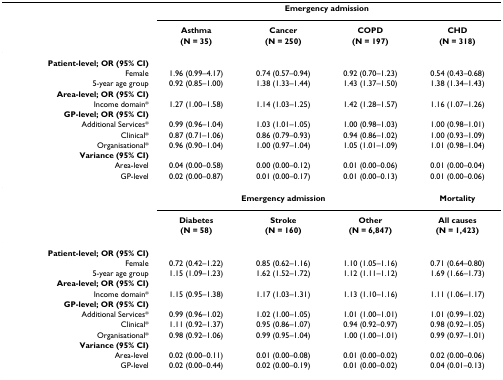
<table><thead><tr><td>[EMPTY_CELL]</td><td colspan="4"><b>Emergency admission</b></td></tr><tr><td>[EMPTY_CELL]</td><td><b>Asthma</b></td><td><b>Cancer</b></td><td><b>COPD</b></td><td><b>CHD</b></td></tr><tr><td>[EMPTY_CELL]</td><td><b>(N = 35)</b></td><td><b>(N = 250)</b></td><td><b>(N = 197)</b></td><td><b>(N = 318)</b></td></tr></thead><tbody><tr><td><b>Patient-level; OR (95% CI)</b></td><td>[EMPTY_CELL]</td><td>[EMPTY_CELL]</td><td>[EMPTY_CELL]</td><td>[EMPTY_CELL]</td></tr><tr><td>Female</td><td>1.96 (0.99–4.17)</td><td>0.74 (0.57–0.94)</td><td>0.92 (0.70–1.23)</td><td>0.54 (0.43–0.68)</td></tr><tr><td>5-year age group</td><td>0.92 (0.85–1.00)</td><td>1.38 (1.33–1.44)</td><td>1.43 (1.37–1.50)</td><td>1.38 (1.34–1.43)</td></tr><tr><td><b>Area-level; OR (95% CI)</b></td><td>[EMPTY_CELL]</td><td>[EMPTY_CELL]</td><td>[EMPTY_CELL]</td><td>[EMPTY_CELL]</td></tr><tr><td>Income domain*</td><td>1.27 (1.00–1.58)</td><td>1.14 (1.03–1.25)</td><td>1.42 (1.28–1.57)</td><td>1.16 (1.07–1.26)</td></tr><tr><td><b>GP-level; OR (95% CI)</b></td><td>[EMPTY_CELL]</td><td>[EMPTY_CELL]</td><td>[EMPTY_CELL]</td><td>[EMPTY_CELL]</td></tr><tr><td>Additional Services*</td><td>0.99 (0.96–1.04)</td><td>1.03 (1.01–1.05)</td><td>1.00 (0.98–1.03)</td><td>1.00 (0.98–1.01)</td></tr><tr><td>Clinical*</td><td>0.87 (0.71–1.06)</td><td>0.86 (0.79–0.93)</td><td>0.94 (0.86–1.02)</td><td>1.00 (0.93–1.09)</td></tr><tr><td>Organisational*</td><td>0.96 (0.90–1.04)</td><td>1.00 (0.97–1.04)</td><td>1.05 (1.01–1.09)</td><td>1.01 (0.98–1.04)</td></tr><tr><td><b>Variance (95% CI)</b></td><td>[EMPTY_CELL]</td><td>[EMPTY_CELL]</td><td>[EMPTY_CELL]</td><td>[EMPTY_CELL]</td></tr><tr><td>Area-level</td><td>0.04 (0.00–0.58)</td><td>0.00 (0.00–0.12)</td><td>0.01 (0.00–0.06)</td><td>0.01 (0.00–0.04)</td></tr><tr><td>GP-level</td><td>0.02 (0.00–0.87)</td><td>0.01 (0.00–0.17)</td><td>0.01 (0.00–0.13)</td><td>0.01 (0.00–0.06)</td></tr><tr><td>[EMPTY_CELL]</td><td colspan="3"><b>Emergency admission</b></td><td><b>Mortality</b></td></tr><tr><td>[EMPTY_CELL]</td><td><b>Diabetes</b></td><td><b>Stroke</b></td><td><b>Other</b></td><td><b>All causes</b></td></tr><tr><td>[EMPTY_CELL]</td><td><b>(N = 58)</b></td><td><b>(N = 160)</b></td><td><b>(N = 6,847)</b></td><td><b>(N = 1,423)</b></td></tr><tr><td><b>Patient-level; OR (95% CI)</b></td><td>[EMPTY_CELL]</td><td>[EMPTY_CELL]</td><td>[EMPTY_CELL]</td><td>[EMPTY_CELL]</td></tr><tr><td>Female</td><td>0.72 (0.42–1.22)</td><td>0.85 (0.62–1.16)</td><td>1.10 (1.05–1.16)</td><td>0.71 (0.64–0.80)</td></tr><tr><td>5-year age group</td><td>1.15 (1.09–1.23)</td><td>1.62 (1.52–1.72)</td><td>1.12 (1.11–1.12)</td><td>1.69 (1.66–1.73)</td></tr><tr><td><b>Area-level; OR (95% CI)</b></td><td>[EMPTY_CELL]</td><td>[EMPTY_CELL]</td><td>[EMPTY_CELL]</td><td>[EMPTY_CELL]</td></tr><tr><td>Income domain*</td><td>1.15 (0.95–1.38)</td><td>1.17 (1.03–1.31)</td><td>1.13 (1.10–1.16)</td><td>1.11 (1.06–1.17)</td></tr><tr><td><b>GP-level; OR (95% CI)</b></td><td>[EMPTY_CELL]</td><td>[EMPTY_CELL]</td><td>[EMPTY_CELL]</td><td>[EMPTY_CELL]</td></tr><tr><td>Additional Services*</td><td>0.99 (0.96–1.02)</td><td>1.02 (1.00–1.05)</td><td>1.01 (1.00–1.01)</td><td>1.01 (0.99–1.02)</td></tr><tr><td>Clinical*</td><td>1.11 (0.92–1.37)</td><td>0.95 (0.86–1.07)</td><td>0.94 (0.92–0.97)</td><td>0.98 (0.92–1.05)</td></tr><tr><td>Organisational*</td><td>0.98 (0.92–1.06)</td><td>0.99 (0.95–1.04)</td><td>1.00 (1.00–1.01)</td><td>0.99 (0.97–1.01)</td></tr><tr><td><b>Variance (95% CI)</b></td><td>[EMPTY_CELL]</td><td>[EMPTY_CELL]</td><td>[EMPTY_CELL]</td><td>[EMPTY_CELL]</td></tr><tr><td>Area-level</td><td>0.02 (0.00–0.11)</td><td>0.01 (0.00–0.08)</td><td>0.01 (0.00–0.02)</td><td>0.02 (0.00–0.06)</td></tr><tr><td>GP-level</td><td>0.02 (0.00–0.44)</td><td>0.02 (0.00–0.19)</td><td>0.01 (0.00–0.02)</td><td>0.04 (0.01–0.13)</td></tr></tbody></table>